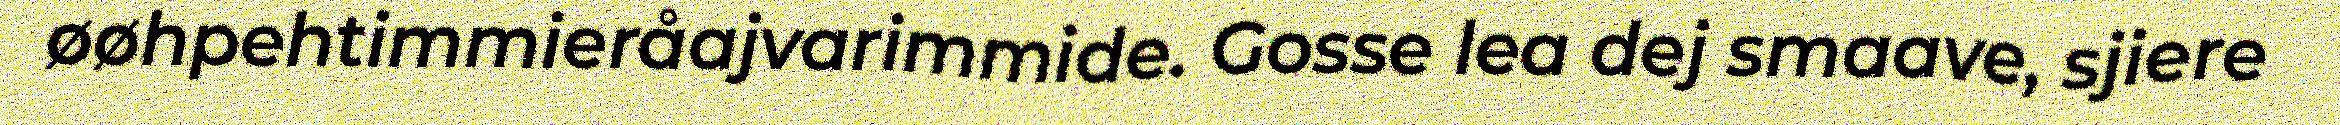
øøhpehtimmieråajvarimmide. Gosse lea dej smaave, sjiere